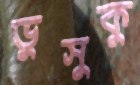
ভুসুকু